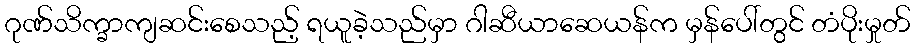
ဂုဏ်သိက္ခာကျဆင်းစေသည့် ရယူခဲ့သည်မှာ ဂါဆီယာဆေယန်က မှန်ပေါ်တွင် တံပိုးမှုတ်